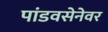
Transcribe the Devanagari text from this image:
पांडवसेनेवर